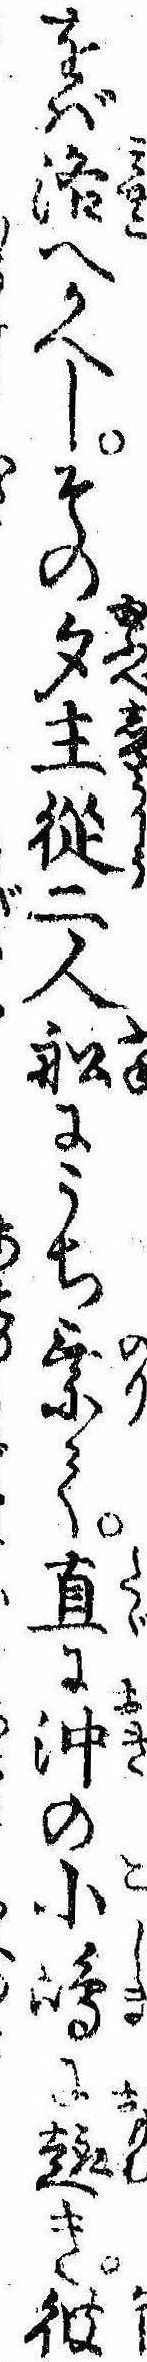
をば洛へかへしその夕主従二人船にうち乗て直に沖の小島に趣き彼